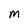
Character: M